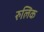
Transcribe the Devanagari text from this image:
रुलिक